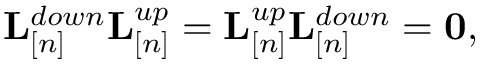
\begin{array} { r } { { \bf L } _ { [ n ] } ^ { d o w n } { \bf L } _ { [ n ] } ^ { u p } = { \bf L } _ { [ n ] } ^ { u p } { \bf L } _ { [ n ] } ^ { d o w n } = { \bf 0 } , } \end{array}